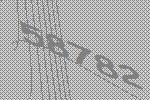
58782